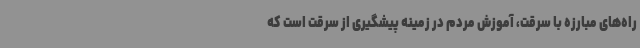
راه‌های مبارزه با سرقت، آموزش مردم در زمینه پیشگیری از سرقت است که